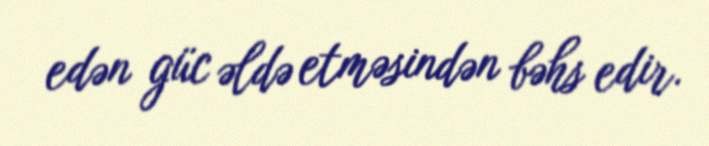
edən güc əldə etməsindən bəhs edir.